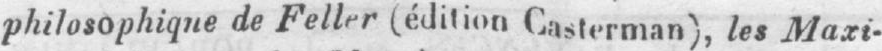
philosophique de Feller (édition Casterman), les Maxi-